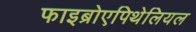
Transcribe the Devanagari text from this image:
फाइब्रोएपिथेलियल